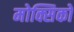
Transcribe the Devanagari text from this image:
मोक्सिको